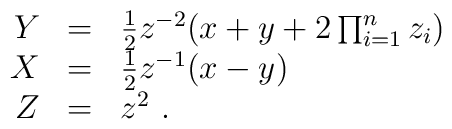
\begin{array}{rcl}Y & = & \frac{1}{2} z^{-2}( x + y + 2 \prod_{i=1}^n z_i) \\X & = & \frac{1}{2} z^{-1} ( x - y ) \\Z & = & z^2~.\end{array}